Vital statistics of India. Vol. IV, Annual returns from 1871 to 1876. British Army of India, Native Army and jails of Bengal
Year: 1871
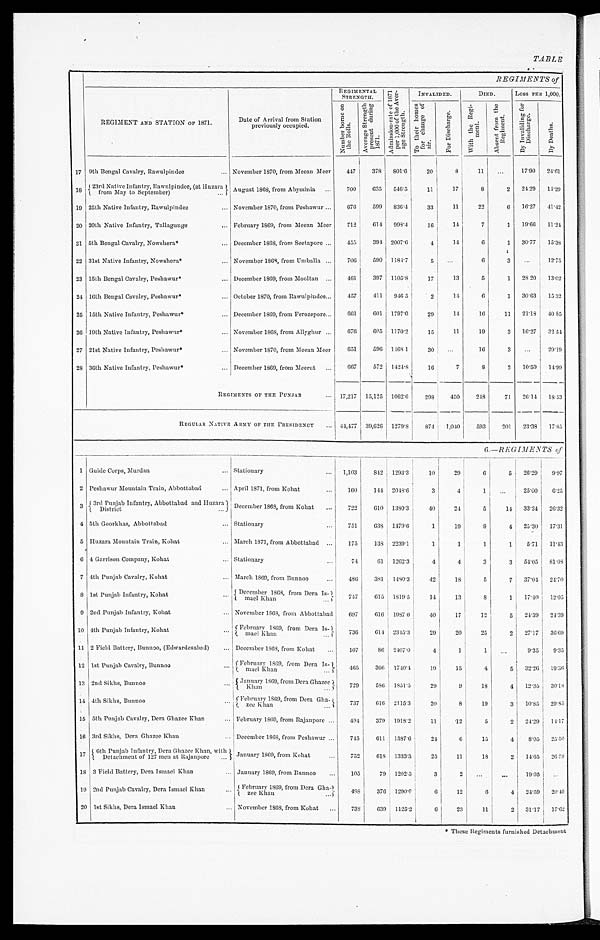
REGIMENTS of
REGIMENT AND STATION OF 1871.
Date of Arrival from Station
previously occupied.
REGIMENTAL STRENGTH.
A d m i s s i o n - r a t e o f 1 8 7 1 p e r 1 , 0 0 0 o f t h e A v e r a g e S t r e n g t h .
INVALIDED.
DIED.
LOSS PER 1,000.
N u m b e r b o r n e o n t h e R o l l s .
A v e r a g e S t r e n g t h p r e s e n t d u r i n g 1 8 7 1 .
T o t h e i r h o m e s f o r c h a n g e o f a i r .
F o r D i s c h a r g e .
W i t h
t h e R e i , e m t . A b s e n t f r o m t h e R e g i m e n t . B y I n v a l i d i n g f o r D i s c h a r g e .
B y D e a t h s .
17 9th Bengal Cavalry, Rawulpindee
... November 1870, from Meean Meer 447 378 801.0
20
8 11 ...
17.90 24.61
18 23rd Native I n f a n t r y , R a w n l p i n d e e , ( a t H u z a r a } f r o m M a y t o S e p t e m b e r ) . . .
August 1868, from Abyssinia ... 700 635 546.5
11 17
8
2 24.29 14.29
19 25th Native Infantry, Rawulpindee
... November 1870, from Peshawur ... 676 599 836.4 33
11
22
6 16.27 41.42
20 20th Native Infantry, Tallagunge
... February 1869, from Meean Meer 712 614 998.4
16
14
7
1 19.66 11.24
21 5th Bengal Cavalry, Nowshera*
... December 1863, from Seetapore ... 455 394 2007.6
4
14
6
1
30.77 15.38
22 31st Native Infantry, Nowshera*
... November 1868, from Umballa ... 706 590 1184.7
5
. . .
6
3 ...
12.75
23 15th Bengal Cavalry, Peshawar*
... December 1869, from Mooltan ... 461 397 1105.8
17 13
5
1 28.20 13.02
24 16th Bengal Cavalry, Peshawar*
... October 1870, from Rawulpindee ... 457 411 946.5
2
14
6
1 30.63 15.32
25 15th Native Infantry, Peshawur*
... December 1869, from Ferozepore...
661 601 1797.0
29
14
16
11 21.18 40.85
26 19th Native Infantry, Peshawar*
... November 1868, from Allyghur ... 676 605 1170.2
15
11
19
3 16.27 32.54
27 21st Native Infantry, Peshawur*
... November 1870, from Meean Meer
651 596 1168.1
30
. . . 16
3 ...
29.19
28 30th Native Infantry, Peshawar*
... December 1869, from Meerut ... 667 572 1424.8
16
7
8
2 10.50 14.99
REGIMENTS OF THE PUNJAB
... 17,217 15,125 1062.6 298 450 218
71 26.14 18.53
REGULAR NATIVE ARMY OP THE RESIDENCY ... 41,477 39,626 1279.8 874 1,040 593 201 23.38 17.85
6 . — R E G I M E N T S o f
1 Guide Corps, Murdan
... Stationary
... 1,103 842 1293.3
10 29
6
5 26.29 9.07
2 Peshawur Mountain Train, Abbottabad
... April 1871, from Kohat
... 160 144 2018.6
3
4
1 ...
25.00 6.25
3 3rd Punjab Infantry, Abbottabad and Huzara }
District ...
December 1868, from Kohat ... 722 610 1380.3
40
24
5
14 33.24 26.32
4 5th Goorkhas, Abbottabad
... Stationary
... 751 638 1479.0
1
19
9
4 25.30 17.31
5 Huzara Mountain Train, Kohat
... March 1871, from Abbottahad ... 175 138 2239.1
1
1
1
1 5.71 11.43
6 4 Garrison Company, Kohat
... Stationary
...
74
61 1262.3
4
4
3
3 54.05 81.08
7 4th Punjab Cavalry, Kohat
... March 1869, from Bunno
...
4 8 6 331 1480.3
42
18
5
7 37.40 24.70
8 1st Punjab Infantry, Kohat
. . . December 1868 from Dera Is-mael khan 747 615
1 8 1 9 . 5 14
13
8
1 17.40 12.05
9 2nd Punjab Infantry, Kohat
... November 1863, from Abbottahad 697 616 1987.0 40
17
12
5 21.39 24.39
10 4th Punjab Infantry, Kohat
. . . February 1869, from Dora Is-
mael khan
...
736
614
2 3 1 5 . 3
29
20
25
2 27.17 36.69
11 2 Field Battery, Bunnoo, (Edwardesabad) ... December 1868, from Kohat ... 107
86 2407.0
4
1
1 ...
9.35 9.35
12 1st Punjab Cavalry, Bunno
. . . February 1869, from Dora Is-mael khan 465
3 6 6 1740.4
19
15
4
5 32.26 19.36
13 2nd Sikhs, Bunnoo
. . . January 1969, from Dera Ghazee ... 729 586 1851.5
29
9
18
4 12.35 30.18
14 4th Sikhs, Bunno
. . . February 1869, from Dera Gha-
zee khan ...
737 616 2115.3
20
8
19
3 10.85 29.85
15 5th Punjab Cavalry, Dera Ghazee Khan
... February 1809, from Rajanpore ... 494 379 1918.2
11
12
5
2 24.29 14.17
16 3rd Sikhs, Dera Ghazee Khan
... December 1869, from Peshawar ... 745 611 1587.6
24
6
15
4 8.05 25.50
1 7 6th Punjab Infantry, Dora Ghazee Khan, with
Detachment of 127 men at Kajanpore . . . January 1869 from Kohat
... 752 618 1333.3
25
11
18
2 14.65
2 6 . 5 9
18 3 Field Battery, Dera Ismael Khan
... January 1869, from Bunnoo
. . . 105
79 1202.5
3
2
. . .
. . . 19.05
. . .
19 2nd Punjab Cavalry, Dera Ismael Khan
. . . February 1809, front Dora Gha-
z e e k h a n . . .
488 376 1290.0
6
12
6
4 24.59 20.49
20 1st Sikhs, Dera Ismael Khan
... November 1869, from Kohat ... 733 639 1125.2
6
23
1 1 2 31.17 17.62
*These Regiments furnished Detachment